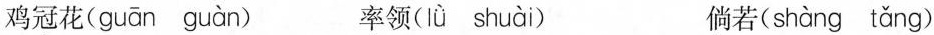
鸡冠花(guān guàn) 率领(lǜ shuài) 倘若(shàng tǎng)